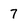
Character: 7